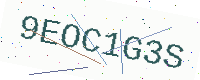
Text: 9EOC1G3S